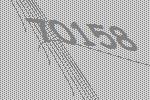
70158